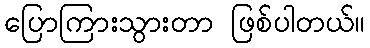
ပြောကြားသွားတာ ဖြစ်ပါတယ်။